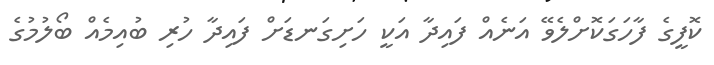
ކޮފީގެ ފާހަގަކޮށްލެވޭ އަނެއް ފައިދާ އަކީ ހަށިގަނޑަށް ފައިދާ ހުރި ބުއިމެއް ބޯލުމުގެ